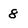
Character: 8